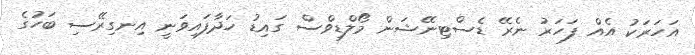
އަހަރަކު އެއް ފަހަރު ނެރޭ ޑެސްޓިނޭޝަން މޯލްޑިވްސް ގައިޑު ހަދާފައިވަނީ އިނގިރޭސި ބަހުގެ